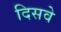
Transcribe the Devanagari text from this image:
दिसवे